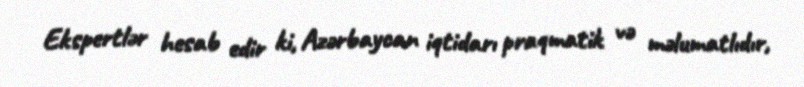
Ekspertlər hesab edir ki, Azərbaycan iqtidarı praqmatik və məlumatlıdır,